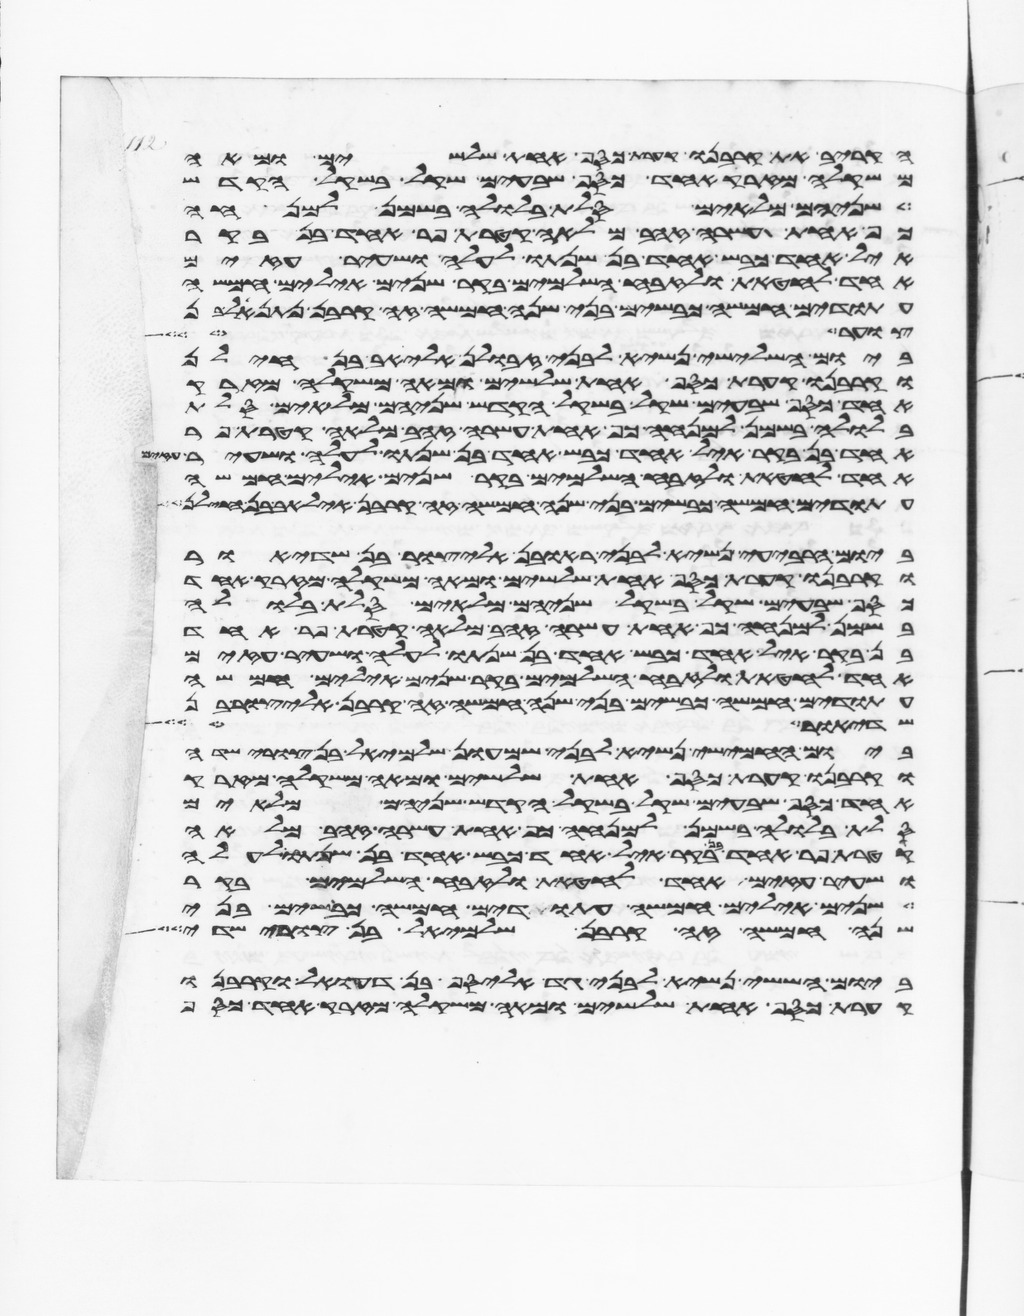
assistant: הקריב את קרבנו קערת כסף אחת שלשים ומאה
משקלה מזרק אחד כסף שבעים שקל בשקל הקדש
שניהם מלאים סלת בלולה בשמן למנחה
כף אחת עשרה זהב מלאה קטרת פר אחד בן בקר
איל אחד כבש אחד בן שנתו לעלה ושעיר עזים
אחד לחטאת ולזבח השלמים בקר שנים אילים חמשה
עתודים חמשה כבשים בני שנה חמשה זה קרבן נתנאל
צוער ועל
ביום השלישי נשיא לבני זבולן אליאב בן חילן
וקרבנו קערת כסף אחת שלשים ומאה משקלה מזרק
אחד כסף שבעים שקל בשקל הקדש שניהם מלאים סלת
בלולה בשמן למנחה כף אחת עשרה זהב מלאה קטרת פר
אחד בן בקר איל אחד כבש אחד בן שנתו לעלה ושעיר
אחד לחטאת ולזבח השלמים בקר שנים אילים חמשה
עתודים חמשה כבשים בני שנה חמשה זה קרבן אליאב בן
ביום הרביעי נשיא לבני ראובן אליצור בן שדיאור
וקרבנו קערת כסף אחת שלשים ומאה משקלה מזרק אחד
כסף שבעים שקל בשקל הקדש שניהם מלאים סלת בלולה
בשמן למנחה כף אחת עשרה זהב מלאה קטרת פר אחד
בן בקר איל אחד כבש אחד בן שנתו לעלה ושעיר עזים
אחד לחטאת ולזבח השלמים בקר שנים אילים חמשה
עתודים חמשה כבשים בני שנה חמשה זה קרבן אליצור בן
שדיאור
ביום החמישי נשיא לבני שמעון שלמיאל בן צורישדי
וקרבנו קערת כסף אחת שלשים ומאה משקלה מזרק
אחד כסף שבעים שקל בשקל הקדש שניהם מלאים
סלת בלולה בשמן למנחה כף אחת עשרה זהב מלאה
קטרת פר אחד בן בקר איל אחד כבש אחד בן שנתו לעלה
ושעיר עזים אחד לחטאת ולזבח השלמים בקר
שנים אילים חמשה עתודים חמשה כבשים בני
שנה חמשה זה קרבן שלמיאל בן צורישדי
ביום הששי נשיא לבני גד אליסף בן דעואל וקרבנו
קערת כסף אחת שלשים ומאה משקלה מזרק אחד כסף